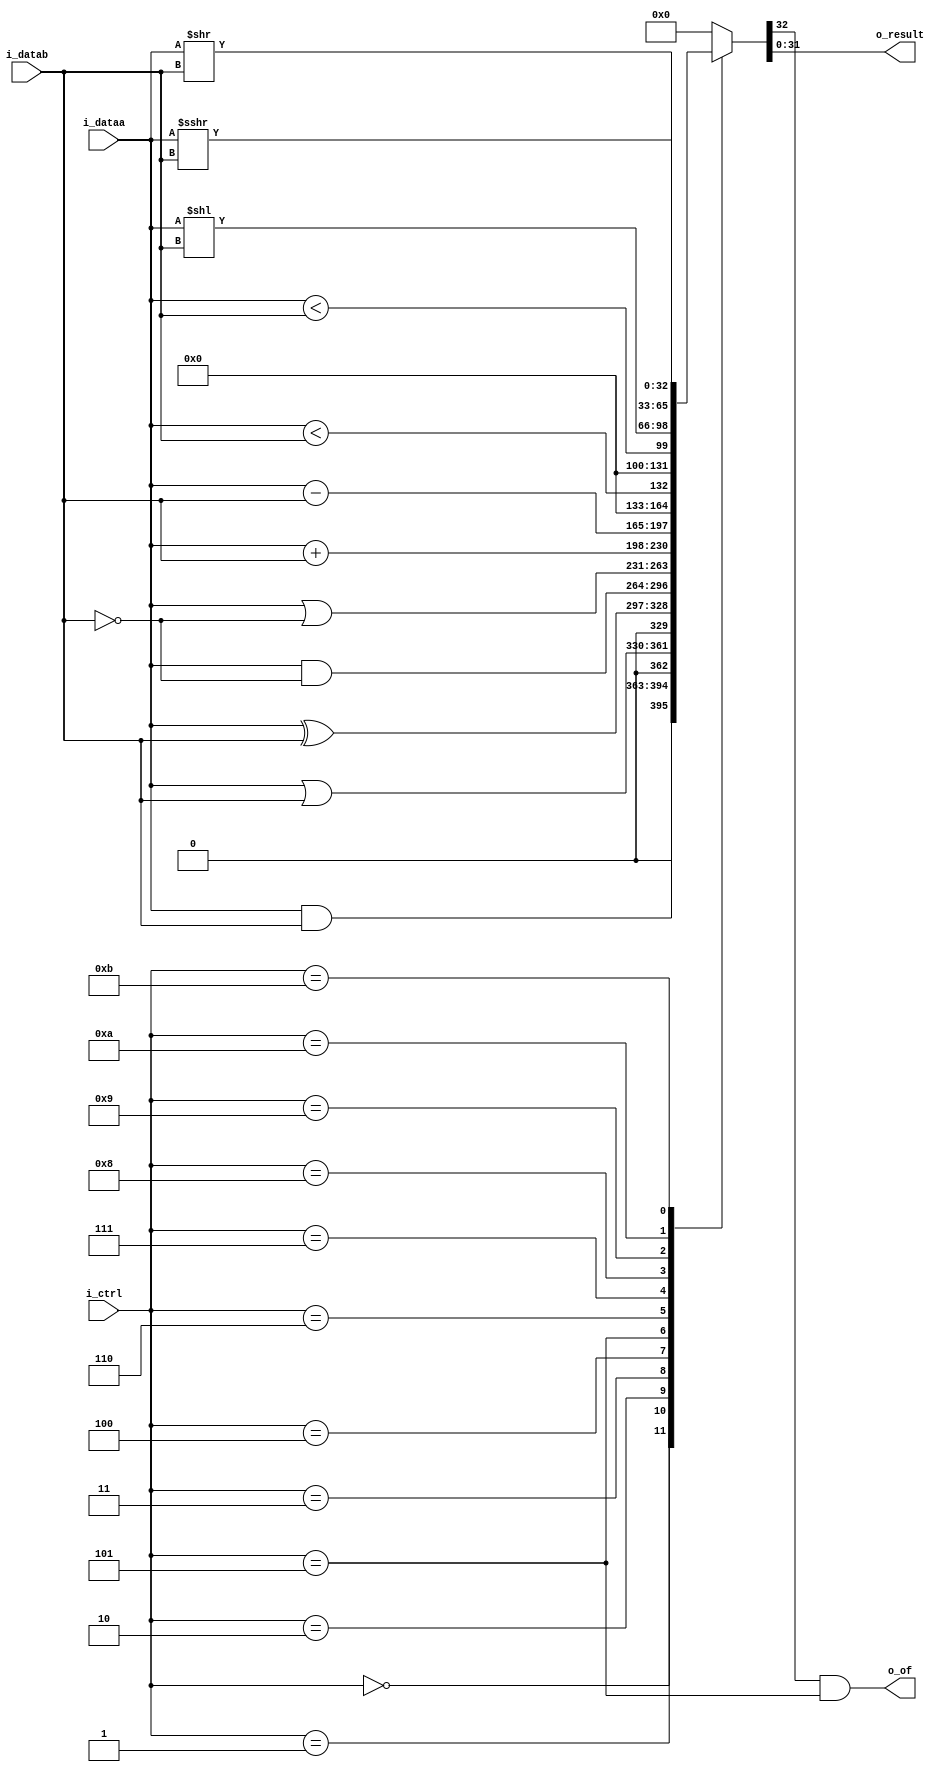
module alu(
	input	[31:0]	i_dataa,
	input	[31:0]	i_datab,
	input	[3:0]	i_ctrl,

	output			o_of,
	output	[31:0]	o_result
);

	parameter	AND	=	4'b0000,
				OR	= 	4'b0001,
				XOR	=	4'b0010,
				NAND=	4'b0011,
				NOR	=	4'b0100,
				ADD	=	4'b0101,
				SUB	=	4'b0110,
				SLT	=	4'b0111,
				SLTU=	4'b1000,
				SLL	=	4'b1001,
				SRL	=	4'b1010,
				SRA	=	4'b1011;

	reg	[32:0]	r_result;
	always @(*) begin
		case (i_ctrl)
			AND		:	r_result	<=	i_dataa & i_datab;
			OR		:	r_result	<=	i_dataa | i_datab;
			XOR		:	r_result	<=	i_dataa ^ i_datab;
			NAND	:	r_result	<=	i_dataa & ~i_datab;
			NOR		:	r_result	<=	i_dataa | ~i_datab;
			ADD		:	r_result	<=	i_dataa + i_datab;
			SUB		:	r_result	<=	i_dataa - i_datab;
			SLT		:	r_result	<=	$signed(i_dataa) < $signed(i_datab);
			SLTU	:	r_result	<=	i_dataa < i_datab;
			SLL		:	r_result	<=	i_dataa << i_datab;
			SRL		:	r_result	<=	i_dataa >> i_datab;
			SRA		:	r_result	<=	$signed(i_dataa) >>> $signed(i_datab);
			default	:	r_result	<=	0;
		endcase	
	end

	assign	o_of = r_result[32] && (i_ctrl == ADD);
	assign	o_result = r_result;
endmodule